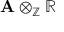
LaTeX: \mathbf { A } \otimes _ { \mathbb { Z } } \mathbb { R }